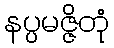
နပ္ပမဇ္ဇိတုံ